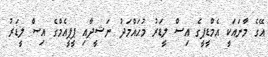
އޭގެ މާނައަކީ އެމްޑީޕީގެ އިސް ލީޑަރު މުހައްމަދު ނަޝީދާއި ޕީޕީއެމްގެ އިސް ލީޑަރު